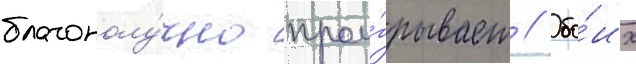
благополу́чно прои́грывает // Обо́их